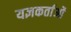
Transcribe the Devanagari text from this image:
यज्ञकर्ताओं